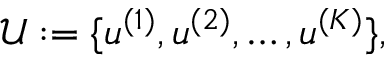
\mathcal { U } : = \{ \boldsymbol { u } ^ { ( 1 ) } , \boldsymbol { u } ^ { ( 2 ) } , \dots , \boldsymbol { u } ^ { ( K ) } \} ,